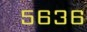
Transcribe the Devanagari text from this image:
५६३६